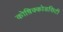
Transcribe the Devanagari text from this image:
कोष़िक्कोडसिटी